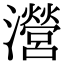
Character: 瀯